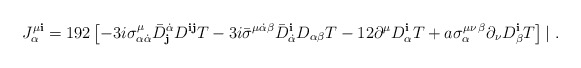
\begin{align*}J_\alpha^{\mu {\mathbf i}} = 192 \left[-3 i \sigma^\mu_{\alpha\dot\alpha} {\bar D}^{\dot\alpha}_{\mathbf j} D^{{\mathbf i}{\mathbf j}} T- 3 i{\bar\sigma}^{\mu\dot\alpha\beta} {\bar D}^{\mathbf i}_{\dot\alpha}D_{\alpha\beta} T- 12 \partial^\mu D^{\mathbf i}_\alpha T+ a \sigma_\alpha^{\mu\nu\,\beta} \partial_\nu D_\beta^{\mathbf i}T \right]| \ . \end{align*}